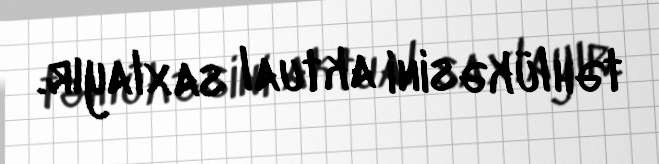
təhlükəsini aktual saxlayır.